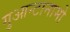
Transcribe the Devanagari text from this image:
गुआन्टानामो